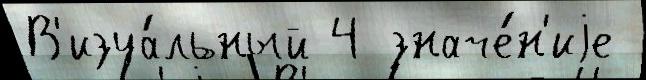
В'изуа́льный 4 значе́н'иjе